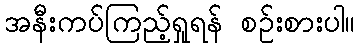
အနီးကပ်ကြည့်ရှုရန် စဉ်းစားပါ။